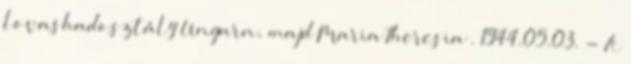
lovashadosztály Ungarn, majd Maria Theresia . 1944.05.03. - A